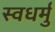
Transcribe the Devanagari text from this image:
स्वधर्मु